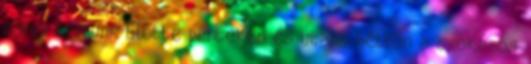
zárva tartunk Előtte pénteken és utána hétfőn a szokásos